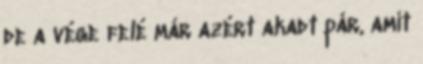
de a vége felé már azért akadt pár, amit